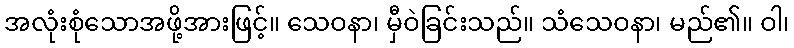
အလုံးစုံသောအဖို့အားဖြင့်။ သေဝနာ၊ မှီဝဲခြင်းသည်။ သံသေဝနာ၊ မည်၏။ ဝါ၊